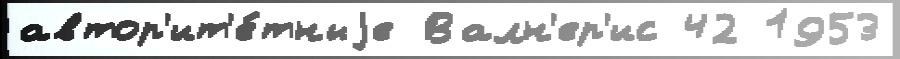
автор'ит'е́тныjе Валн'ер'ис 42 1953